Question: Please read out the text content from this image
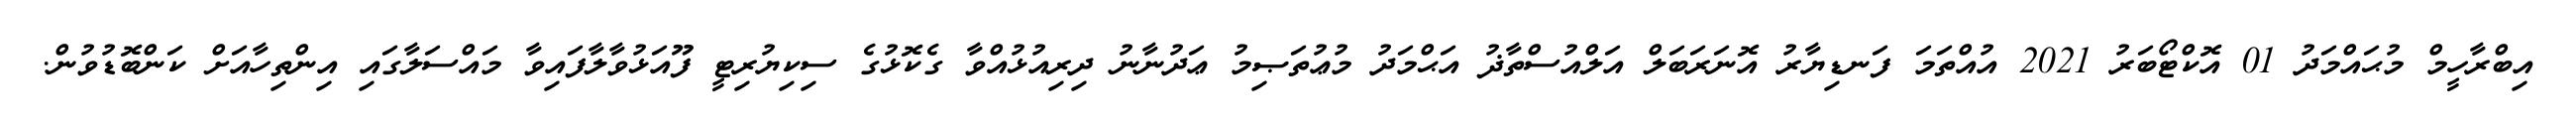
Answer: އިބްރާހީމް މުޙައްމަދު 01 އޮކްޓޯބަރު 2021 އުއްތަމަ ފަނޑިޔާރު އޮނަރަބަލް އަލްއުސްތާޛު އަޙްމަދު މުޢުތަޞިމު ޢަދުނާނު ދިރިއުޅުއްވާ ގެކޮޅުގެ ސިކިޔުރިޓީ ފޫއަޅުވާލާފައިވާ މައްސަލާގައި އިންތިހާއަށް ކަންބޮޑުވުން.